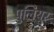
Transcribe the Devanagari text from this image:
पुलियूर